Annual report of the Punjab Veterinary College and of the Civil Veterinary Department, Punjab - 1926-1932
Year: 1926
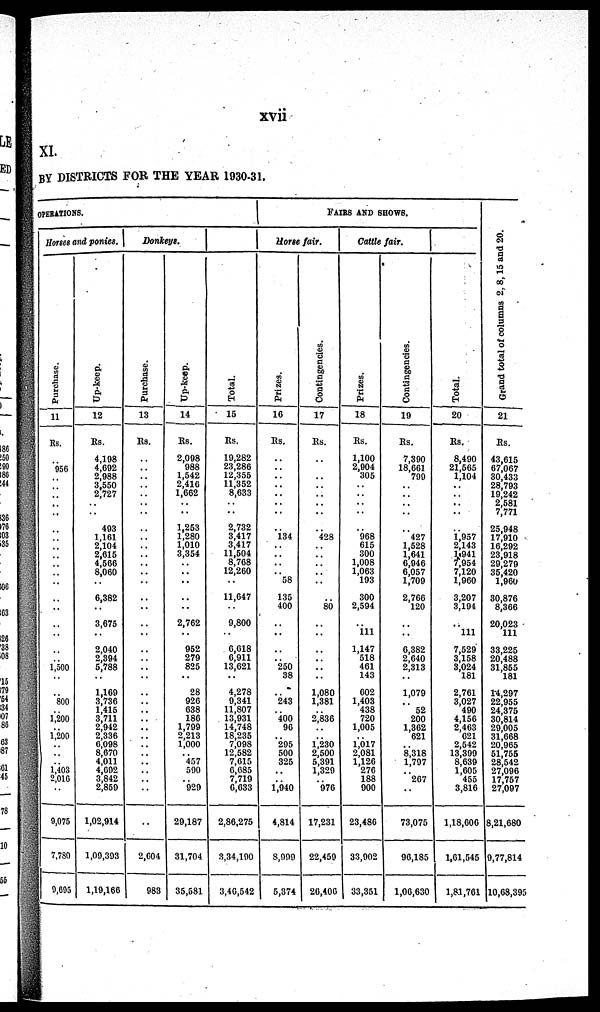
xvii
XI.
BY DISTRICTS FOR THE YEAR 1930-31.
OPERATIONS.
Horses and ponies.
Purchase.
11
Rs.
..
956
..
..
..
..
..
..
..
..
..
..
..
..
..
..
..
.. 1,500
..
..
800
1,200
1,200
..
..
.. 1,403
2,010
..
9,075
7,780
9,695
Up-keep.
12
Rs.
4,108
4,002
2,988
3,550
2,727
..
403
1,161
2,104
2,615
4,566
8,060
..
6,382
..
3,675
..
2,040
2,394
5,788
..
1,160
3,736
1,415
3,711
2,942
2,336
6,098
8,670
4,011
4,002
3,842
2,850
1,02,914
1,09,303
1,19,166
Donkeys.
Purchase.
13
Rs.
..
..
..
..
..
..
..
..
..
..
..
..
..
..
..
..
..
..
..
..
..
..
..
..
..
..
..
..
..
..
..
..
..
2,604
983
Up-keep.
14
Rs.
2,098
988
1,542
2,410
1,662
..
1,253
1,280
1,010
3,354
..
..
..
..
..
2,762
..
952
279
825
..
28
926
638
186
1,799
2,213
1,000
.. 457
590
.. 929
29,187
31,704
35,681
Total.
15
Rs.
19,282
23,286
12,355
11,352
8,033
..
2,732
3,417
3,417
11,504
8,768
12,260
..
11,047
..
9,800
..
6,618
6,911
13,621
..
4,278
9,341
11,807
13,931
14,748
18,235
7,098
12,582
7,015
6,685
7,719
6,633
2,86,275
3,34,100
3,46,542
FAIRS AND SHOWS.
Horse fair.
Prizes.
16
Rs.
..
..
..
..
..
..
..
134
..
..
..
.. 58
135
400
..
..
..
.. 250
38
..
243
.. 400
96
.. 295
500
325
..
.. 1,940
4,814
8,999
5,374
Contingencies.
17
Rs.
..
..
..
..
..
..
..
428
..
..
..
..
..
..
80
..
..
..
..
..
..
1,080
1,381
2,836
..
.. 1,230
2,500
5,391
1,329
.. 970
17,231
22,459
20,400
Cattle fair.
Prizes.
18
Rs.
1,100
2,004
305
..
..
..
..
968
615
300
1,008
1,063
193
300
2,594
..
111
1,147
518
461
143
602
1,403
438
720
1,005
.. 1,017
2,081
1,126
276
188
900
23,486
33,002
33,351
Contingencies.
19
Rs.
7,390
18,661
700
..
..
..
..
427
1,528
1,641
6,946
6,057
1,709
2,766
120
..
..
6,382
2,640
2,313
..
1,079
..
52
200
1,302
621
.. 8,318
1,707
..
267
..
73,075
90,185
1,06,630
Total.
20
Rs.
8,400
21,565
1,104
..
..
..
1,957
2,143
1,941
7,054
7,120
1,960
3,207
3,104
..
111
7,520
3,158
3,024
181
2,761
3,027
490
4,150
2,463
621
2,542
13,300
8,639
1,005
455
3,816
1,18,000
1,01,545
1,81,701
Grand total of columns 2, 8, 1
21
Rs.
43,615
67,067
30,433
28,793
19,242
2,581
7 771
25,948
17,910
16,292
23,918
29,279
35,420
1,960
30,876
8,366
20,023
111
33,225
20,488
31,855
181
14,297
22,955
24,375
30,814
29,005
31,668
20,065
51,755
28,542
27,096
17,757
27,097
8,21,680
9,77,814
10,68,395